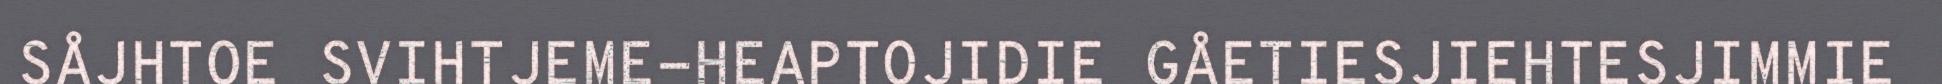
SÅJHTOE SVIHTJEME-HEAPTOJIDIE GÅETIESJIEHTESJIMMIE